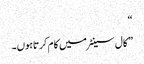
“
” کال سینٹر میں کا م کرتاہوں۔